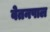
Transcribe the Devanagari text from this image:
वेतनपाल